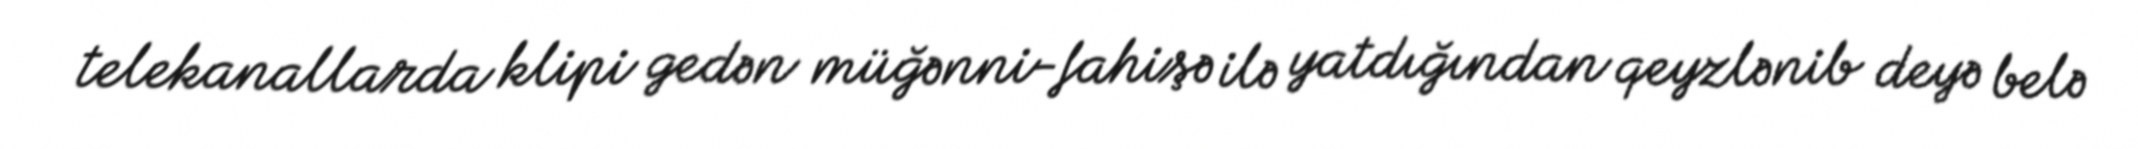
telekanallarda klipi gedən müğənni-fahişə ilə yatdığından qeyzlənib deyə belə